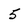
Character: 5